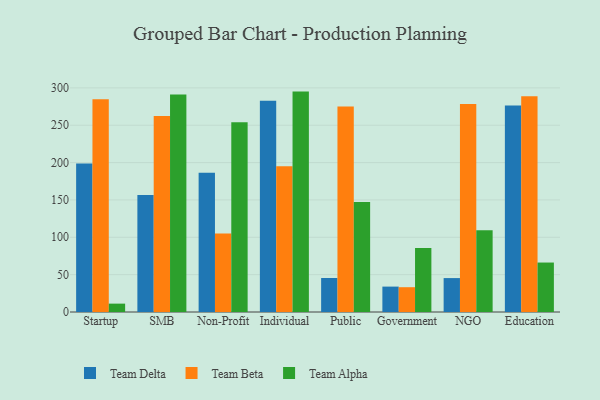
{"axis": {"x": "Segment", "y": "Humidity (%)"}, "legend": ["Team Alpha", "Team Beta", "Team Delta"], "data": [{"x": "Startup", "y": 198.7, "type": "Team Delta"}, {"x": "Startup", "y": 284.8, "type": "Team Beta"}, {"x": "Startup", "y": 11.2, "type": "Team Alpha"}, {"x": "SMB", "y": 156.5, "type": "Team Delta"}, {"x": "SMB", "y": 262.2, "type": "Team Beta"}, {"x": "SMB", "y": 291.2, "type": "Team Alpha"}, {"x": "Non-Profit", "y": 186.3, "type": "Team Delta"}, {"x": "Non-Profit", "y": 105.1, "type": "Team Beta"}, {"x": "Non-Profit", "y": 253.9, "type": "Team Alpha"}, {"x": "Individual", "y": 282.9, "type": "Team Delta"}, {"x": "Individual", "y": 195.1, "type": "Team Beta"}, {"x": "Individual", "y": 295.0, "type": "Team Alpha"}, {"x": "Public", "y": 45.5, "type": "Team Delta"}, {"x": "Public", "y": 275.1, "type": "Team Beta"}, {"x": "Public", "y": 147.1, "type": "Team Alpha"}, {"x": "Government", "y": 34.0, "type": "Team Delta"}, {"x": "Government", "y": 33.2, "type": "Team Beta"}, {"x": "Government", "y": 85.8, "type": "Team Alpha"}, {"x": "NGO", "y": 45.4, "type": "Team Delta"}, {"x": "NGO", "y": 278.5, "type": "Team Beta"}, {"x": "NGO", "y": 109.3, "type": "Team Alpha"}, {"x": "Education", "y": 276.3, "type": "Team Delta"}, {"x": "Education", "y": 288.8, "type": "Team Beta"}, {"x": "Education", "y": 66.2, "type": "Team Alpha"}]}